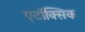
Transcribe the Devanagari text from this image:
एटॉक्सिक